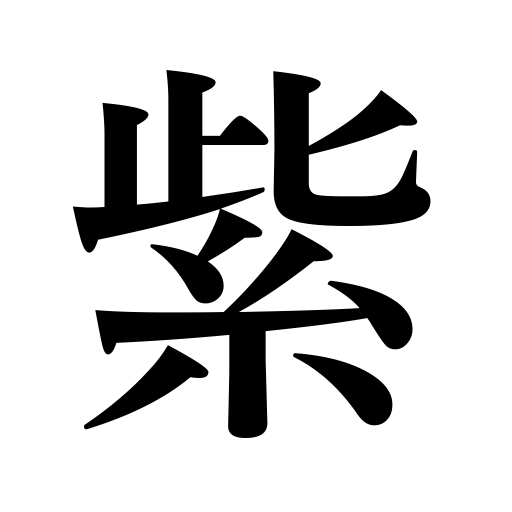
Meanings: violet,purple,soy sauce